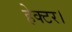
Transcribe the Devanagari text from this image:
हेक्‍टर।